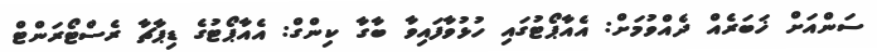
ސަންއަށް ޚަބަރެއް ދެއްވުމަށް: އެއާޕޯޓުގައި ހުޅުވާފައިވާ ބާގާ ކިންގް: އެއާޕޯޓުގެ ޑިޕާޗާ ރެސްޓޯރަންޓް